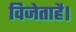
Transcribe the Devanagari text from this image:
विजेताहै।